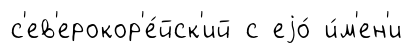
с'ев'ерокор'е́йск'ий с еjо́ и́м'ен'и